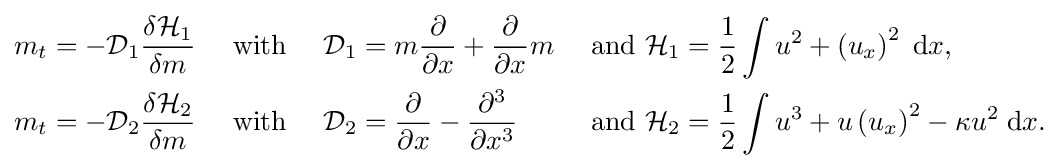
{\begin{aligned}m_{t}&=-{\mathcal {D}}_{1}{\frac {\delta {\mathcal {H}}_{1}}{\delta m}}&&{\text{ with }}&{\mathcal {D}}_{1}&=m{\frac {\partial }{\partial x}}+{\frac {\partial }{\partial x}}m&{\text{ and }}{\mathcal {H}}_{1}&={\frac {1}{2}}\int u^{2}+\left(u_{x}\right)^{2}\;{\text{d}}x,\\m_{t}&=-{\mathcal {D}}_{2}{\frac {\delta {\mathcal {H}}_{2}}{\delta m}}&&{\text{ with }}&{\mathcal {D}}_{2}&={\frac {\partial }{\partial x}}-{\frac {\partial ^{3}}{\partial x^{3}}}&{\text{ and }}{\mathcal {H}}_{2}&={\frac {1}{2}}\int u^{3}+u\left(u_{x}\right)^{2}-\kappa u^{2}\;{\text{d}}x.\end{aligned}}